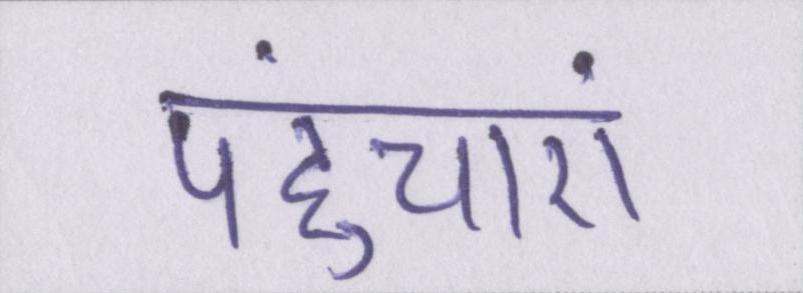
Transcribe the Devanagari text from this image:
पहुंचाएं